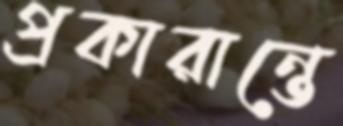
প্রকারান্তে